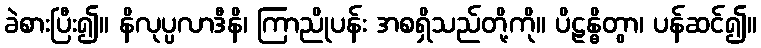
ခဲစားပြီး၍။ နိလုပ္ပလာဒီနိ၊ ကြာညိုပန်း အစရှိသည်တို့ကို။ ပိဠန္ဓိတွာ၊ ပန်ဆင်၍။